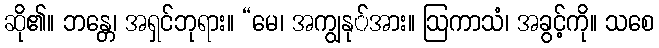
ဆို၏။ ဘန္တေ၊ အရှင်ဘုရား။ “မေ၊ အကျွနု်အား။ ဩကာသံ၊ အခွင့်ကို။ သစေ